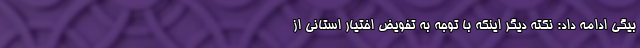
بیگی ادامه داد: نکته دیگر اینکه با توجه به تفویض اختیار استانی از